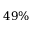
4 9 \%